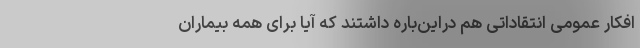
افکار عمومی انتقاداتی هم دراین‌باره داشتند که آیا برای همه بیماران